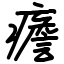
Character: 癚